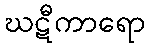
ဃဋီကာရော